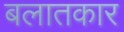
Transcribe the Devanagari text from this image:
बलातकार